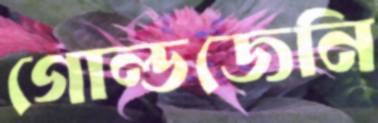
গোল্ডজেনি